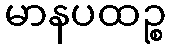
မာနပထဉ္စ